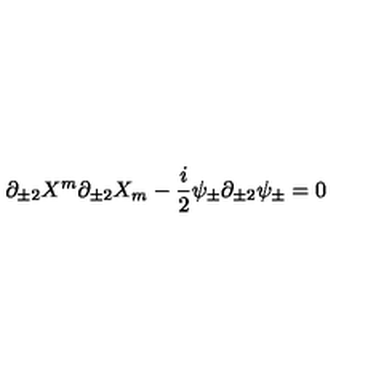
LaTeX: \partial _ { \pm 2 } X ^ { m } \partial _ { \pm 2 } X _ { m } - \frac { i } { 2 } \psi _ { \pm } \partial _ { \pm 2 } \psi _ { \pm } = 0